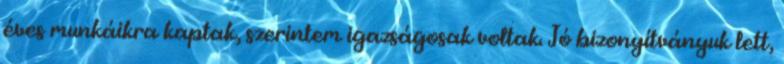
éves munkáikra kaptak, szerintem igazságosak voltak. Jó bizonyítványuk lett,